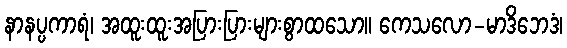
နာနပ္ပကာရံ၊ အထူးထူးအပြားပြားများစွာထသော။ ကေသလော-မာဒိဘေဒံ၊